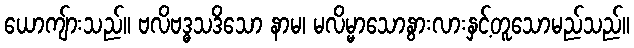
ယောကျ်ားသည်။ ဗလိဗဒ္ဓသဒိသော နာမ၊ မလိမ္မာသောနွားလားနှင့်တူသောမည်သည်။